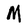
Character: M